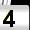
Digit: 4